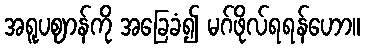
အရူပဈာန်ကို အခြေခံ၍ မဂ်ဖိုလ်ရရန်ဟော။